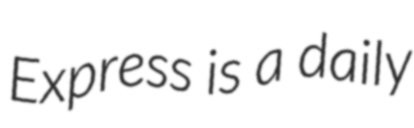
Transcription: Express is a daily